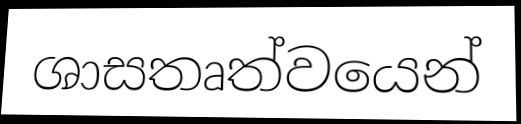
ශාසතෘත්වයෙන්